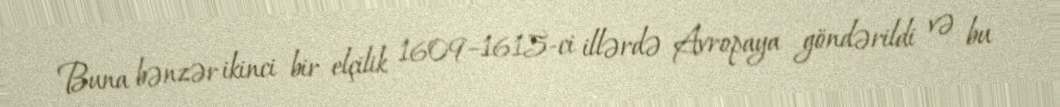
Buna bənzər ikinci bir elçilik 1609–1615-ci illərdə Avropaya göndərildi və bu